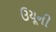
ઉયૂની